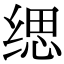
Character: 缌